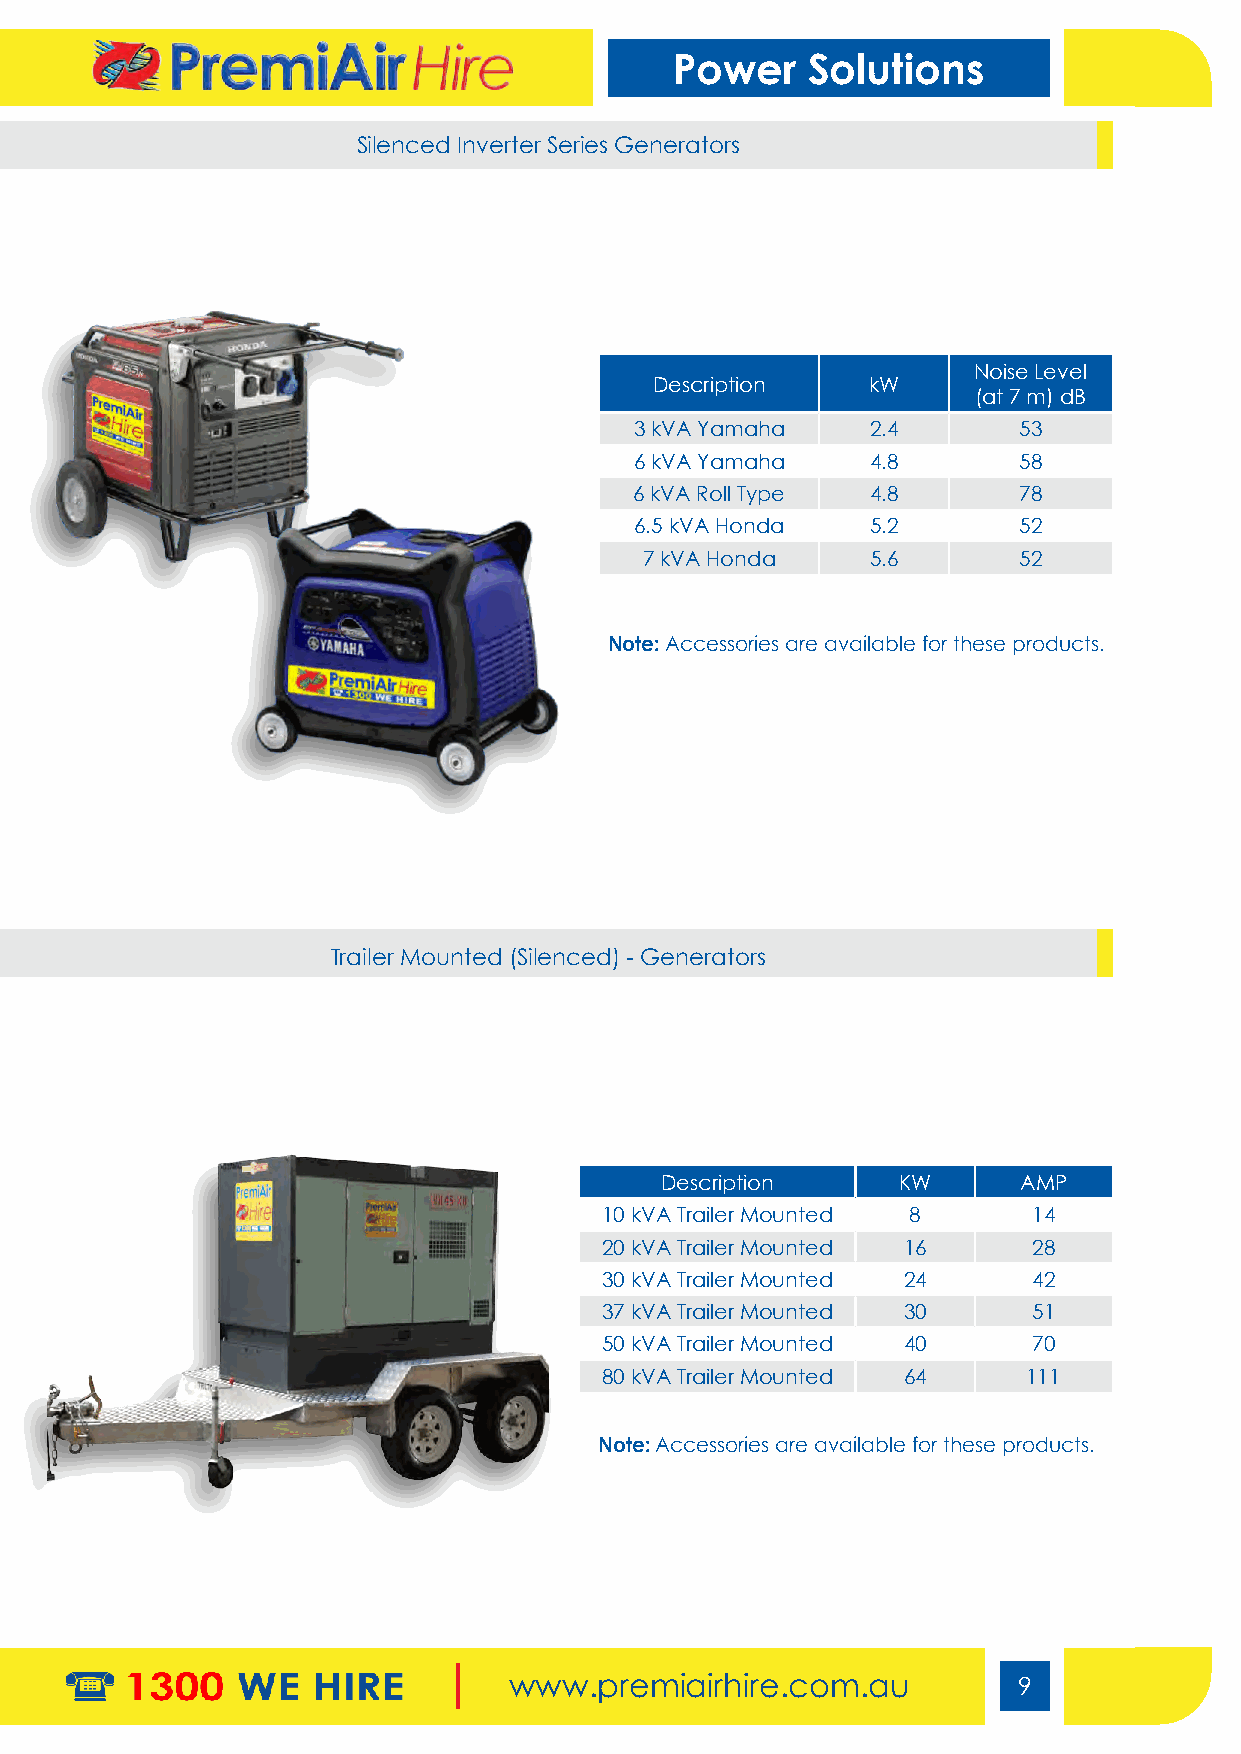
Power   Solutions
 Silenced Inverter Series Generators
 Noise Level
 Description   kW
 (at 7 m) dB
 3 kVA Yamaha    2.4      53
 6 kVA Yamaha    4.8      58
 6 kVA Roll Type 4.8      78
 6.5 kVA Honda   5.2      52
 7 kVA Honda    5.6      52
 Note: Accessories are available for these products.
 Trailer Mounted (Silenced) - Generators
 Description    KW      AMP
 10 kVA Trailer Mounted 8    14
 20 kVA Trailer Mounted 16   28
 30 kVA Trailer Mounted 24   42
 37 kVA Trailer Mounted 30   51
 50 kVA Trailer Mounted 40   70
 80 kVA Trailer Mounted 64   111
 Note: Accessories are available for these products.
 www.premiairhire.com.au          9